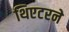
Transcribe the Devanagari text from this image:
थिएटरने